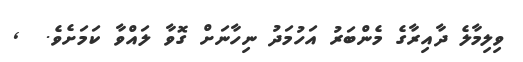
ވިލިމާލެ ދާއިރާގެ މެންބަރު އަހުމަދު ނިހާނަށް ގޮވާ ލައްވާ ކަމަށެވެ.